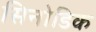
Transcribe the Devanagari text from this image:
सिनोडिक